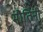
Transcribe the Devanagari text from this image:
मौतिनी